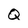
Character: Q